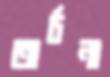
অর্চনা